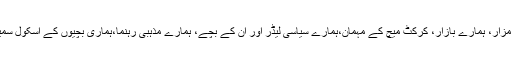
ہماری مساجد،امام بارگاہیں، بزرگوں کے مزار، ہمارے بازار، کرکٹ میچ کے مہمان،ہمارے سیاسی لیڈر اور ان کے بچے، ہمارے مذہبی رہنما،ہماری بچیوں کے اسکول سمیت ،ہمارے دفاحی اداروں پر حملے ہوئے۔